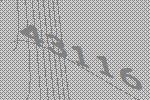
43116